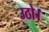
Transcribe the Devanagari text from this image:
उठो।